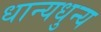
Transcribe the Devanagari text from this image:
धान्यधुन्य